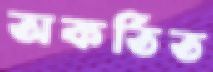
অকর্তিত